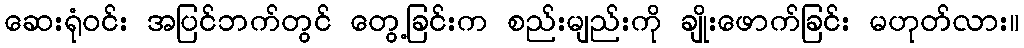
ဆေးရုံဝင်း အပြင်ဘက်တွင် တွေ့ခြင်းက စည်းမျည်းကို ချိုးဖောက်ခြင်း မဟုတ်လား။